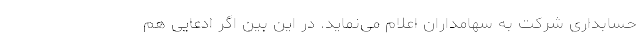
حسابداری شرکت به سهامداران اعلام می‌نماید. در این بین اگر ادعایی هم